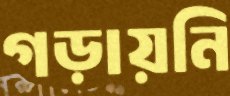
গড়ায়নি